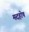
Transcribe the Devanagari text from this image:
मदहोष